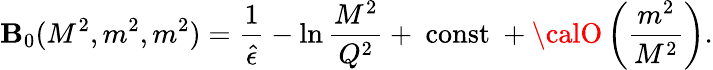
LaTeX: \mathbf{B}_{0}(M^{2},m^{2},m^{2})={\frac{{1}}{{\hat{{\epsilon}}}}}-\ln{\frac{{M^{2}}}{{Q^{2}}}}+~\mathrm{{const}}~+{\calO}\left({\frac{{m^{2}}}{{M^{2}}}}\right).